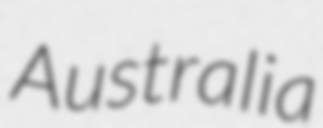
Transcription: Australia